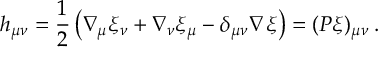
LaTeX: h _ { \mu \nu } = \frac { 1 } { 2 } \left( \nabla _ { \mu } \xi _ { \nu } + \nabla _ { \nu } \xi _ { \mu } - \delta _ { \mu \nu } \nabla \xi \right) = ( P \xi ) _ { \mu \nu } \: .